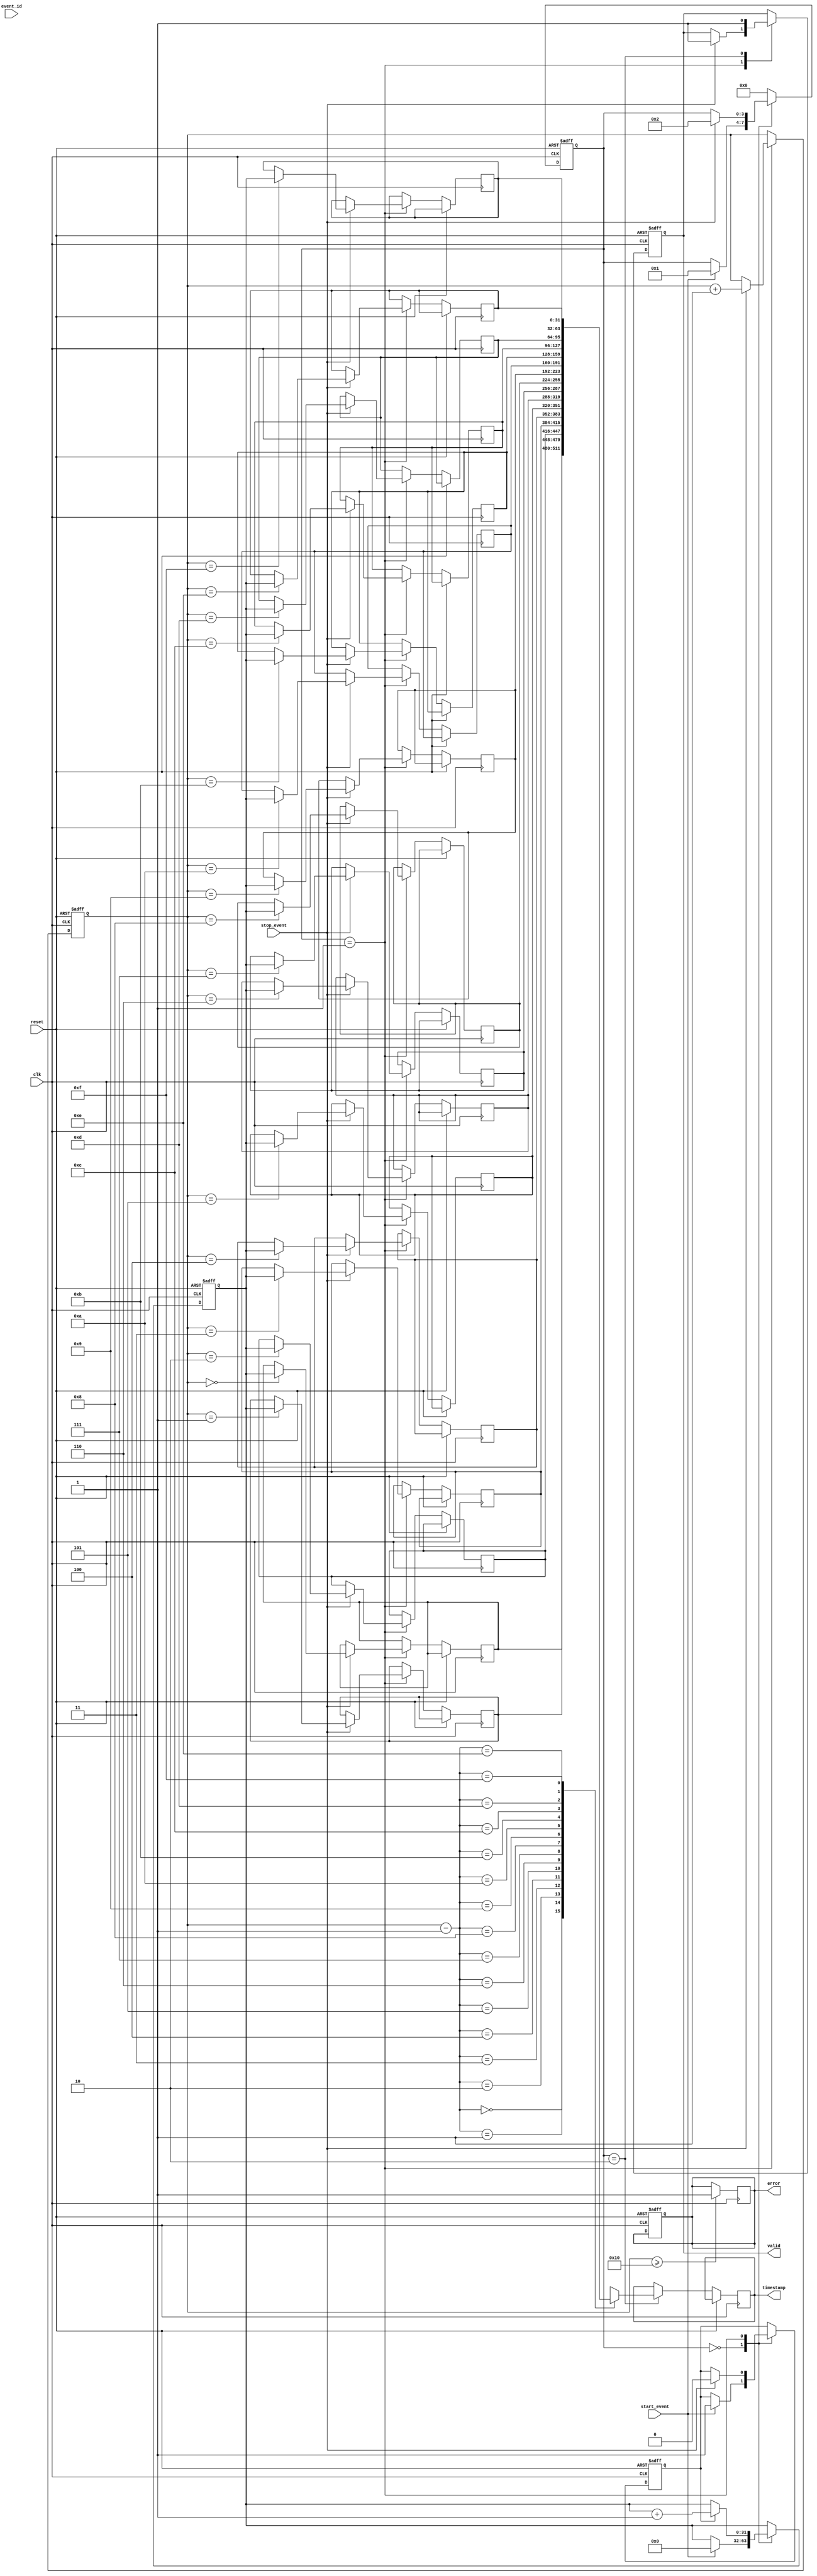
module MemoryBlocksEventTimerTDC (
    input clk,                  // System clock
    input reset,                // System reset
    input start_event,          // Start event signal
    input stop_event,           // Stop event signal
    input [7:0] event_id,       // Event ID for output
    output reg [31:0] timestamp, // Captured timestamp in binary format
    output reg valid,           // Output valid signal
    output reg error            // Error signal
);

// Parameter definitions
parameter MAX_COUNT = 32'hFFFFFFFF; // Maximum count value for timestamp
parameter MEMORY_SIZE = 16;          // Number of timestamp entries
parameter CALIBRATION_PERIOD = 10;   // Calibration cycles for this example

// Internal signals
reg [31:0] counter;                   // Timer counter
reg [31:0] memory [0:MEMORY_SIZE-1]; // Timestamp memory
reg [3:0] event_count;                // Count of recorded events
reg measuring;                        // Measurement state
reg [3:0] state;                     // State for control logic
reg calibration_mode;                // Calibration mode flag

// State definitions
localparam IDLE = 0;
localparam MEASURING = 1;
localparam STORING = 2;
localparam CALIBRATING = 3;

// Initialize internal states
initial begin
    counter = 0;
    event_count = 0;
    measuring = 0;
    error = 0;
    valid = 0;
    calibration_mode = 0;
    state = IDLE;
end

// Event Detection and Control Logic
always @(posedge clk or posedge reset) begin
    if (reset) begin
        state <= IDLE;
        counter <= 0;
        event_count <= 0;
        valid <= 0;
        error <= 0;
        measuring <= 0;
    end else begin
        case (state)
            IDLE: begin
                if (start_event) begin
                    measuring <= 1;
                    counter <= 0;                // Reset counter
                    state <= MEASURING;
                end else if (calibration_mode) begin
                    // Perform calibration logic (simplified)
                    state <= CALIBRATING;
                end
            end
            
            MEASURING: begin
                if (measuring) begin
                    counter <= counter + 1;      // Increment counter
                end
                if (stop_event) begin
                    memory[event_count] <= counter; // Store timestamp
                    event_count <= event_count + 1; // Increment event count
                    measuring <= 0; // Stop measuring
                    valid <= 1;       // Indicate valid timestamp
                    state <= STORING;
                end
            end
            
            STORING: begin
                // Output logic for retrieved timestamps
                timestamp <= memory[event_count - 1]; // Read last stored timestamp
                valid <= 1; // Mark output as valid
                state <= IDLE; // Go back to IDLE state
            end
            
            CALIBRATING: begin
                // Calibration logic
                // (Add calibration adjustment as necessary)
                state <= IDLE; // Return to IDLE state after calibration
            end
            
            default: state <= IDLE; // State reset on unknown state
        endcase
    end
end

// Error Handling Logic
always @(posedge clk) begin
    if (event_count >= MEMORY_SIZE) begin
        error <= 1; // Error if memory is full
    end
end

endmodule